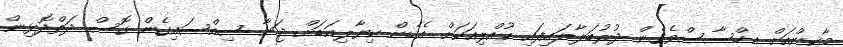
މާކިންއަށް އިހްސާސްވެގެން ދުރުބަލާލައިފައި ކުއްލިއަކަށް އެހެން ކިޔާލިއަޑަށް ޖަނާ ސިއްސައިގެން ގޮސް ދަތްދޮޅިން